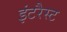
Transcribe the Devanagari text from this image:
इंटरैस्ट